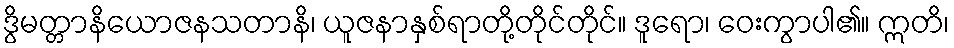
ဒွိမတ္တာနိယောဇနသတာနိ၊ ယူဇနာနှစ်ရာတို့တိုင်တိုင်။ ဒူရော၊ ဝေးကွာပါ၏။ ဣတိ၊